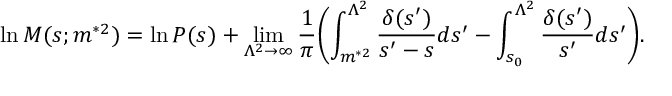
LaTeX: \ln M ( s ; m ^ { * 2 } ) = \ln P ( s ) + \operatorname * { l i m } _ { \Lambda ^ { 2 } \rightarrow \infty } \frac { 1 } { \pi } \biggl ( \int _ { m ^ { * 2 } } ^ { \Lambda ^ { 2 } } \frac { \delta ( s ^ { \prime } ) } { s ^ { \prime } - s } d s ^ { \prime } - \int _ { s _ { 0 } } ^ { \Lambda ^ { 2 } } \frac { \delta ( s ^ { \prime } ) } { s ^ { \prime } } d s ^ { \prime } \biggr ) .